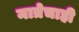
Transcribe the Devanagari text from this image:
मात्रेचाही